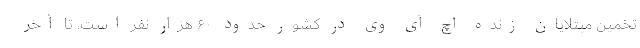
تخمین مبتلایان زنده اچ آی وی در کشور حدود ۶۰ هزار نفر است. تا آخر